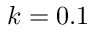
k = 0 . 1